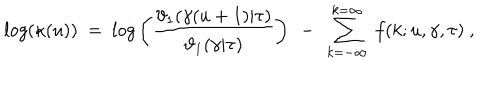
l o g ( \kappa ( u ) ) ~ = ~ l o g \left( { \frac { \vartheta _ { 1 } ( \gamma ( u + 1 ) | \tau ) } { \vartheta _ { 1 } ( \gamma | \tau ) } } \right) ~ - ~ \sum _ { k = - \infty } ^ { k = \infty } ~ f ( k ; u , \gamma , \tau ) \ ,